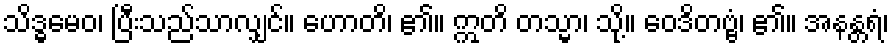
သိဒ္ဓမေဝ၊ ပြီးသည်သာလျှင်။ ဟောတိ၊ ၏။ ဣတိ တသ္မာ၊ သို့။ ဝေဒိတဗ္ဗံ၊ ၏။ အနန္တရံ၊